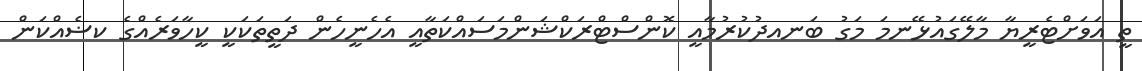
ތީ އަވަށްޓެރީޔާ މާލޭގައުޅޭނމަ މަގު ބަނއދުކުރުމާއީ ކޮންސްޓްރަކްޝަންމަސައްކަތާއީ އެހެނީހެން ދަތީތަކަކީ ކީހާވަރެއްގެ ކޟެއްކަން